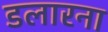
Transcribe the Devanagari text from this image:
डलारना